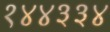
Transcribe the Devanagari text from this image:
१४४३३४